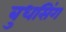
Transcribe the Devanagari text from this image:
बुधसिंग